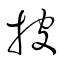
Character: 披